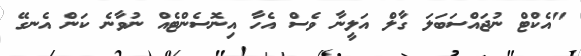
"އެކްޓް ނުޖައްސަބަލަ ގާލް އަލީނާ ވެސް އެހާ އިނޮސެންޓެއް ނުވާނެ ކަން އެނގޭ